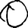
Digit: 0